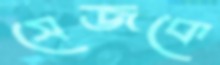
সেজকে